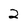
Character: 2